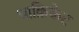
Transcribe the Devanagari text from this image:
थाक्रिकेट